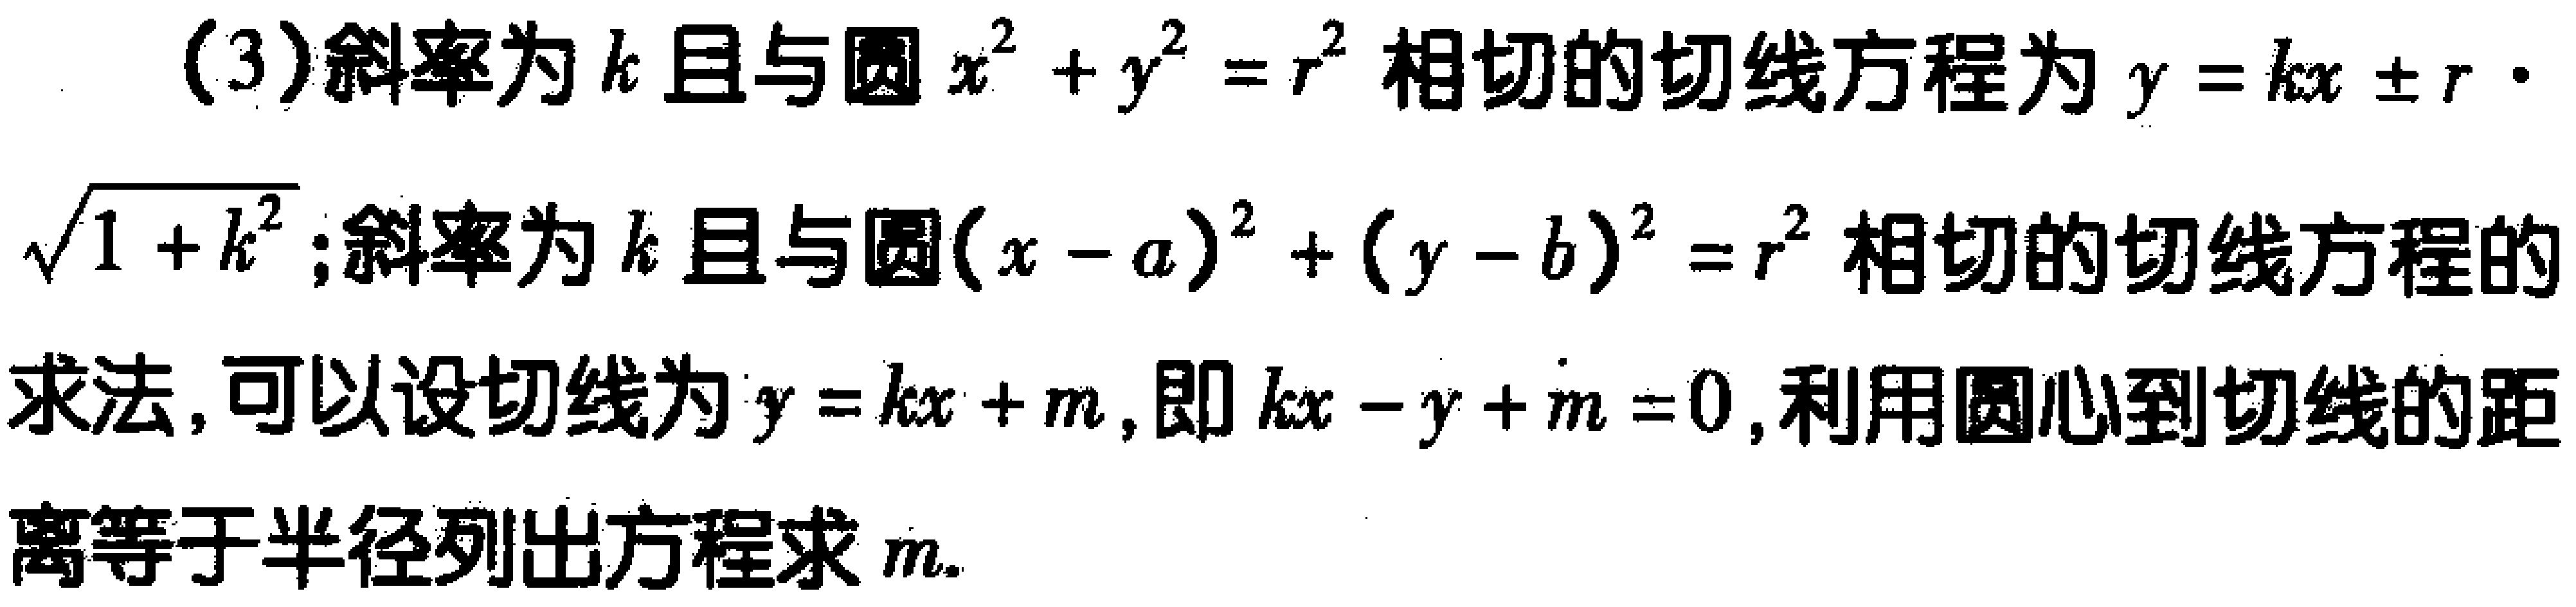
(3)斜率为\(k\)且与圆\(x^{2}+y^{2}=r^{2}\)相切的切线方程为\(y = kx\pm r\cdot\sqrt{1 + k^{2}}\);斜率为\(k\)且与圆\((x - a)^{2}+(y - b)^{2}=r^{2}\)相切的切线方程的求法，可以设切线为\(y = kx + m\)，即\(kx - y + m = 0\)，利用圆心到切线的距离等于半径列出方程求\(m\).